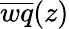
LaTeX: \overline{{wq}}(z)